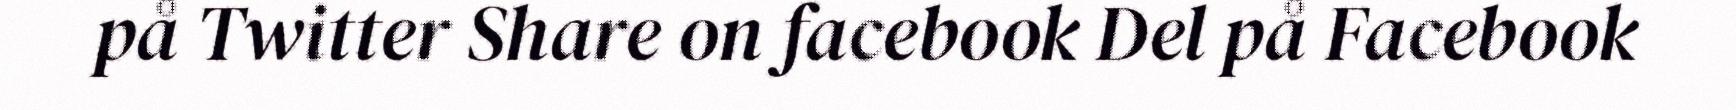
på Twitter Share on facebook Del på Facebook